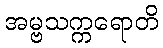
အမ္ဗသက္ကရောတိ